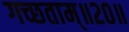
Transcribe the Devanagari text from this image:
गच्छताम्‌॥२०॥